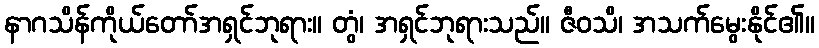
နာဂသိန်ကိုယ်တော်အရှင်ဘုရား။ တွံ၊ အရှင်ဘုရားသည်။ ဇီဝသိ၊ အသက်မွေးနိုင်၏။